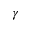
\gamma